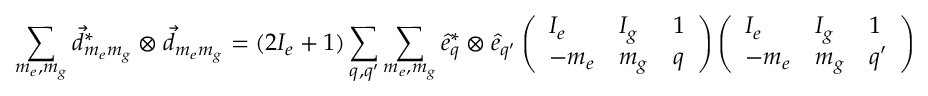
\sum _ { m _ { e } , m _ { g } } \vec { d } _ { m _ { e } m _ { g } } ^ { * } \otimes \vec { d } _ { m _ { e } m _ { g } } = ( 2 I _ { e } + 1 ) \sum _ { q , q ^ { \prime } } \sum _ { m _ { e } , m _ { g } } \hat { e } _ { q } ^ { * } \otimes \hat { e } _ { q ^ { \prime } } \left( \begin{array} { l l l } { I _ { e } } & { I _ { g } } & { 1 } \\ { - m _ { e } } & { m _ { g } } & { q } \end{array} \right) \left( \begin{array} { l l l } { I _ { e } } & { I _ { g } } & { 1 } \\ { - m _ { e } } & { m _ { g } } & { q ^ { \prime } } \end{array} \right)